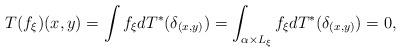
LaTeX: \begin{align*}T(f_\xi)(x,y)&=\int f_\xi dT^*(\delta_{(x,y)})=\int_{\alpha\times L_{\xi}} f_\xi dT^*(\delta_{(x,y)})=0,\end{align*}